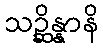
သဉ္ဆိန္နာနိ